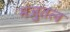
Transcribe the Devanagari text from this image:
मंजुतल